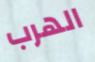
الهرب